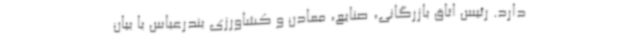
دارد. رئیس اتاق بازرگانی، صنایع، معادن و کشاورزی بندرعباس با بیان